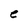
Character: e